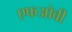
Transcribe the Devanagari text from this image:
एफओवी